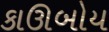
કાઊબોય